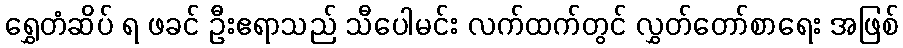
ရွှေတံဆိပ် ရ ဖခင် ဦးဧရာသည် သီပေါမင်း လက်ထက်တွင် လွှတ်တော်စာရေး အဖြစ်